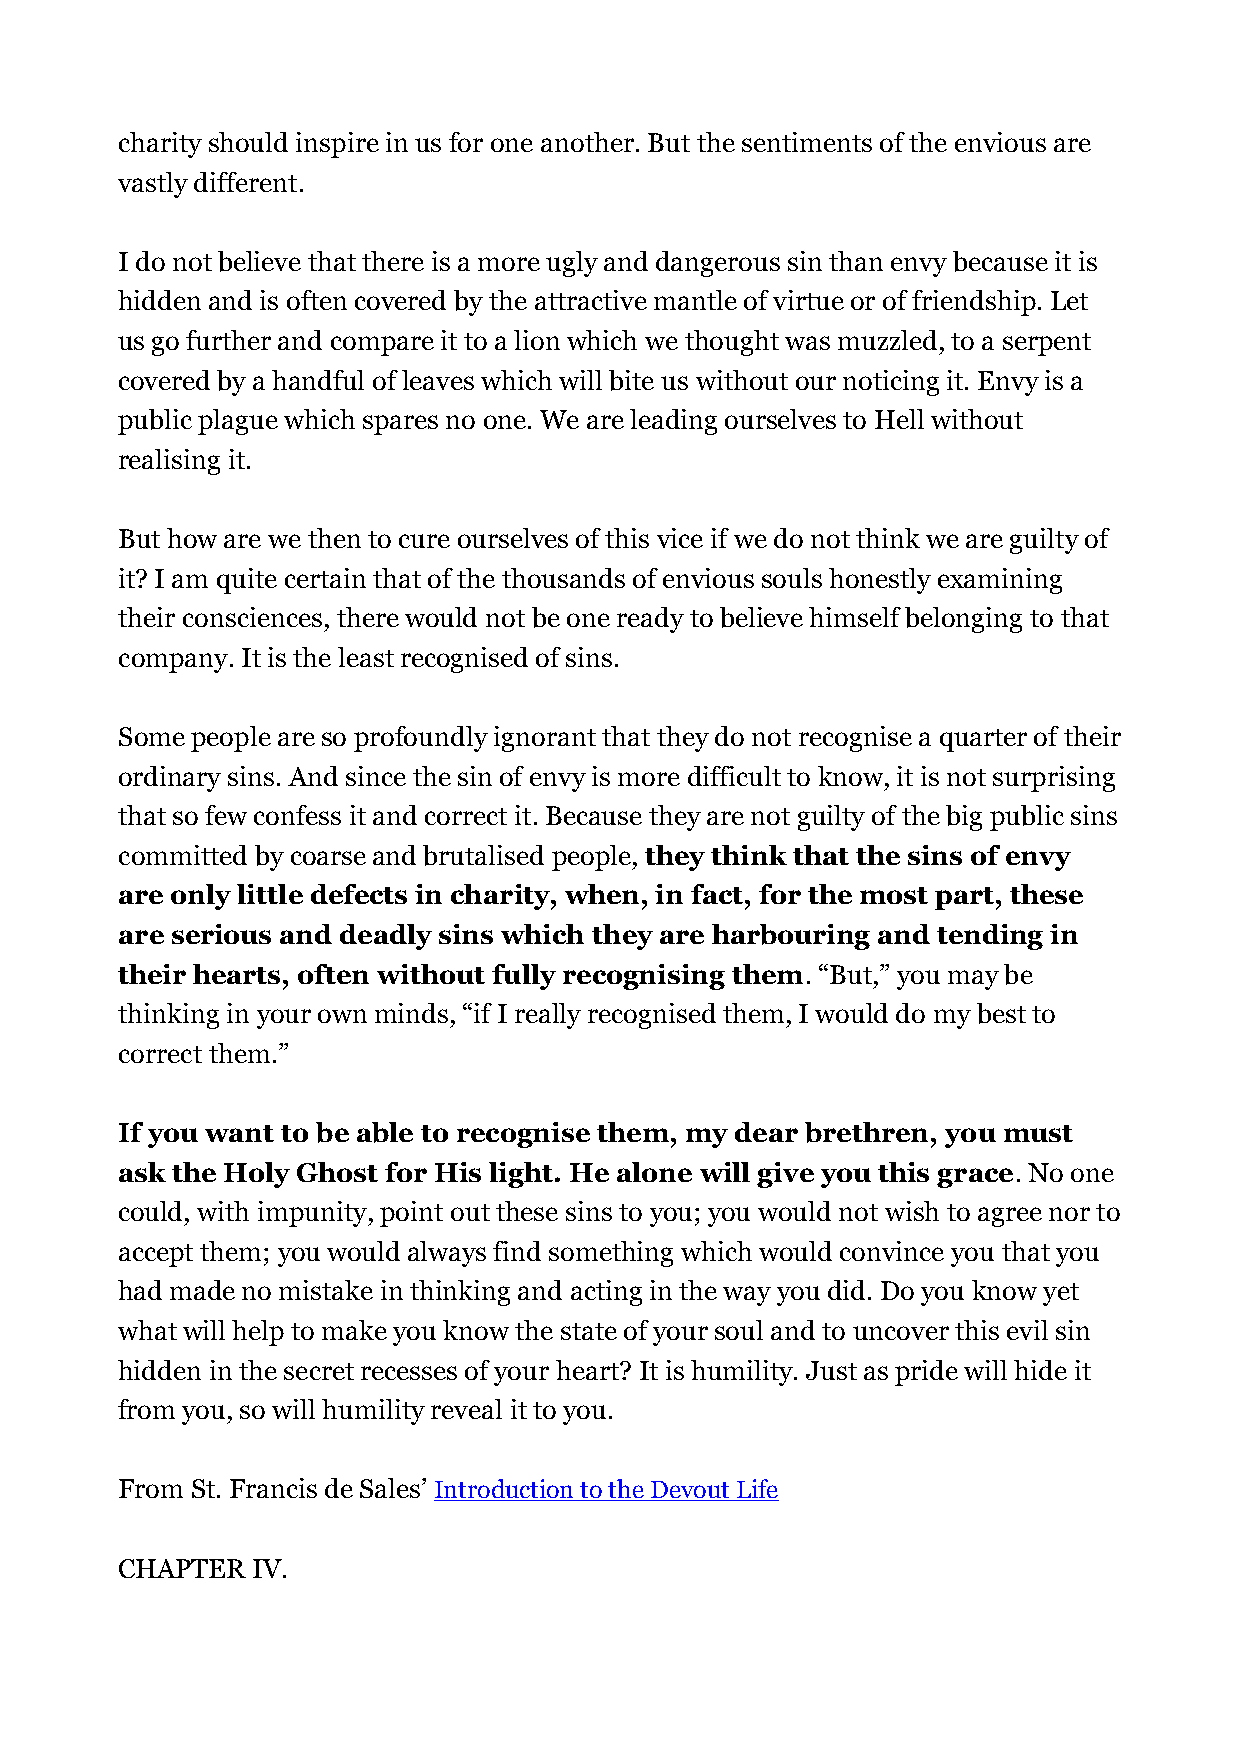
charity should inspire in us for one another. But the sentiments of the envious are
 vastly different.
 I do not believe that there is a more ugly and dangerous sin than envy because it is
 hidden and is often covered by the attractive mantle of virtue or of friendship. Let
 us go further and compare it to a lion which we thought was muzzled, to a serpent
 covered by a handful of leaves which will bite us without our noticing it. Envy is a
 public plague which spares no one. We are leading ourselves to Hell without
 realising it.
 But how are we then to cure ourselves of this vice if we do not think we are guilty of
 it? I am quite certain that of the thousands of envious souls honestly examining
 their consciences, there would not be one ready to believe himself belonging to that
 company. It is the least recognised of sins.
 Some people are so profoundly ignorant that they do not recognise a quarter of their
 ordinary sins. And since the sin of envy is more difficult to know, it is not surprising
 that so few confess it and correct it. Because they are not guilty of the big public sins
 committed by coarse and brutalised people, they think that the sins of envy
 are only little defects in charity, when, in fact, for the most part, these
 are serious and deadly sins which they are harbouring and tending in
 their hearts, often without fully recognising them. “But,” you may be
 thinking in your own minds, “if I really recognised them, I would do my best to
 correct them.”
 If you want to be able to recognise them, my dear brethren, you must
 ask the Holy Ghost for His light. He alone will give you this grace. No one
 could, with impunity, point out these sins to you; you would not wish to agree nor to
 accept them; you would always find something which would convince you that you
 had made no mistake in thinking and acting in the way you did. Do you know yet
 what will help to make you know the state of your soul and to uncover this evil sin
 hidden in the secret recesses of your heart? It is humility. Just as pride will hide it
 from you, so will humility reveal it to you.
 From St. Francis de Sales’ Introduction to the Devout Life
 CHAPTER  IV.